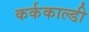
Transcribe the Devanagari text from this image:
कर्ककाल्डी